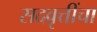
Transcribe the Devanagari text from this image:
सदवृत्तींचा